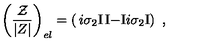
\left( { \frac { \cal Z } { | Z | } } \right) _ { e l } = \left( \begin{matrix} { i \sigma _ { 2 } \mathrm { I } } & { \mathrm { I } } \\ { - \mathrm { I } } & { i \sigma _ { 2 } \mathrm { I } } \\ \end{matrix} \right) \ ,